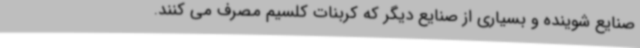
صنایع شوینده و بسیاری از صنایع دیگر که کربنات کلسیم مصرف می کنند.